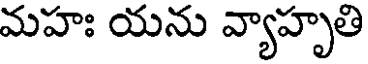
మహః యను వ్యాహృతి